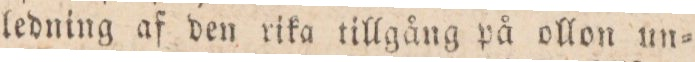
ledning af den rika tillgång på ollon un=